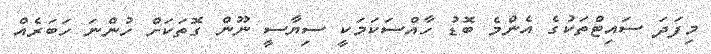
މިފަދަ ސައިޓްތަކުގެ އެންމެ ބޮޑު ހާއްސަކަމަކީ ސިޔާސީ ނޫން ގޮތަކަށް ހުންނަ ހަބަރެއް